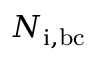
N _ { \mathrm { i , b c } }